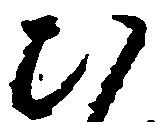
ひ